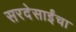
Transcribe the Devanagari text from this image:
सरदेसाईंचा